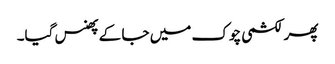
پھر لکشمی چوک میں جا کے پھنس گیا۔